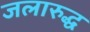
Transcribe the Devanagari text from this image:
जलारुद्ध